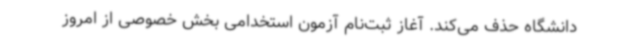
دانشگاه حذف می‌کند. آغاز ثبت‌نام آزمون استخدامی بخش خصوصی از امروز